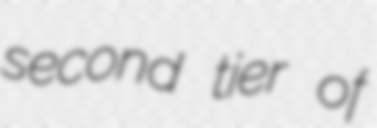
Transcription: second tier of